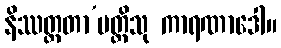
နိဿတ္တတာ’ပတ္တိသု ကာရဏာဒေါ။